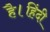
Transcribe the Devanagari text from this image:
है।हिंदी